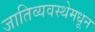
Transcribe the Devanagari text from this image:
जातिव्यवस्थेमधून